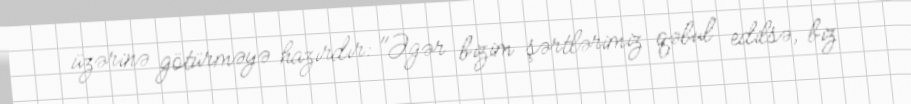
üzərinə götürməyə hazırdır: "Əgər bizim şərtlərimiz qəbul edilsə, biz